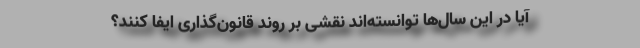
آیا در این سال‌ها توانسته‌اند نقشی بر روند قانون‌گذاری ایفا کنند؟